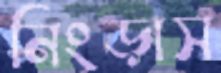
নিংড়াস